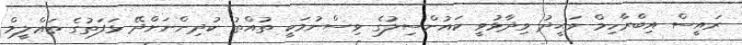
ރައީސް އިބްރާހިމް ވަޙީދު ވިދާޅުވީ ކައުންސިލުގެ ވިސްނުމަކީ ތުއްތު ކުދިންނަށްދޭ ޅަފަތުގެ ތަޢްލީމް